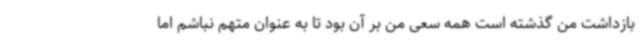
بازداشت من گذشته است همه سعی من بر آن بود تا به عنوان متهم نباشم اما